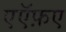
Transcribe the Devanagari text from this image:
एऍफ़ए